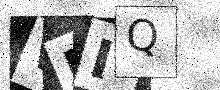
Text: WMIQ